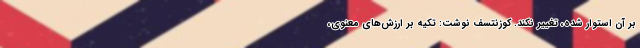
بر آن استوار شده، تغییر نکند. کوزنتسف نوشت: تکیه بر ارزش‌های معنوی،